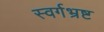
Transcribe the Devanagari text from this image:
स्वर्गभ्रष्ट